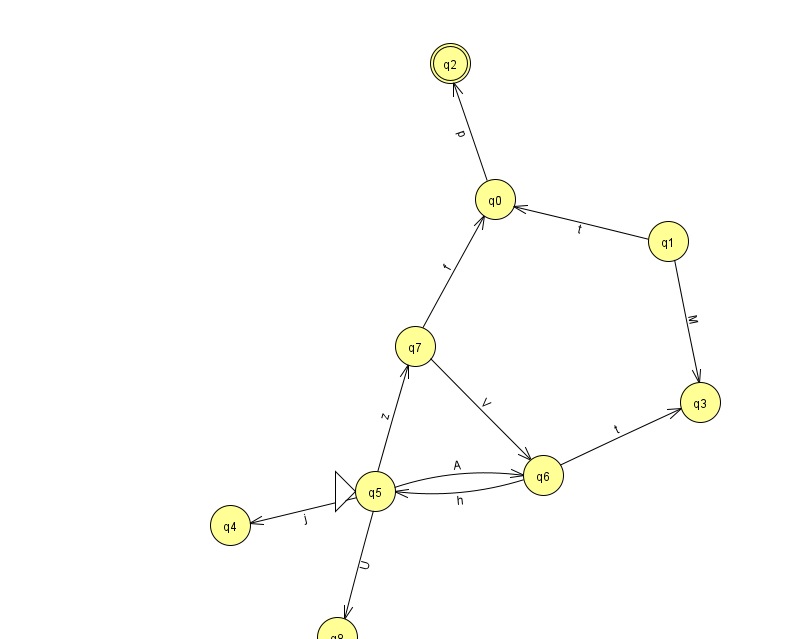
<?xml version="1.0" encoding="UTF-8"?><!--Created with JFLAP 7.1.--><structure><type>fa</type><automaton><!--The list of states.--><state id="0" name="q0"><x>495.0</x><y>186.0</y></state><state id="1" name="q1"><x>668.0</x><y>228.0</y></state><state id="2" name="q2"><x>450.0</x><y>50.0</y><final/></state><state id="3" name="q3"><x>700.0</x><y>389.0</y></state><state id="4" name="q4"><x>230.0</x><y>512.0</y></state><state id="5" name="q5"><x>375.0</x><y>478.0</y><initial/></state><state id="6" name="q6"><x>543.0</x><y>462.0</y></state><state id="7" name="q7"><x>415.0</x><y>333.0</y></state><state id="8" name="q8"><x>337.0</x><y>624.0</y></state><!--The list of transitions.--><transition><from>1</from><to>3</to><read>M</read></transition><transition><from>7</from><to>0</to><read>f</read></transition><transition><from>5</from><to>4</to><read>j</read></transition><transition><from>6</from><to>5</to><read>h</read></transition><transition><from>5</from><to>7</to><read>z</read></transition><transition><from>1</from><to>0</to><read>t</read></transition><transition><from>7</from><to>6</to><read>V</read></transition><transition><from>0</from><to>2</to><read>p</read></transition><transition><from>5</from><to>6</to><read>A</read></transition><transition><from>5</from><to>8</to><read>U</read></transition><transition><from>6</from><to>3</to><read>t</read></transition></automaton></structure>